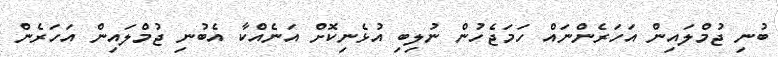
ބުނި ޖުމްލައިން އަހަރެންނައް ހަމަޖެހުން ނުލިބި އުޅެނިކޮށް އަނެއްކާ އެބުނި ޖުމްލައިން އަހަރެން